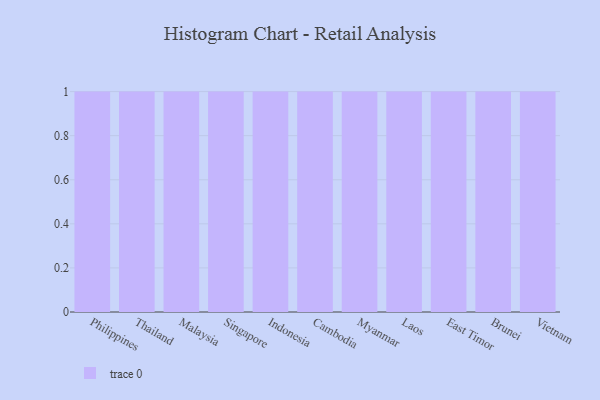
{"axis": {"x": "Country", "y": "LTV (USD)"}, "legend": [""], "data": [{"x": "Philippines", "y": 16, "type": ""}, {"x": "Thailand", "y": 44, "type": ""}, {"x": "Malaysia", "y": 31, "type": ""}, {"x": "Singapore", "y": 31, "type": ""}, {"x": "Indonesia", "y": 57, "type": ""}, {"x": "Cambodia", "y": 100, "type": ""}, {"x": "Myanmar", "y": 64, "type": ""}, {"x": "Laos", "y": 94, "type": ""}, {"x": "East Timor", "y": 59, "type": ""}, {"x": "Brunei", "y": 28, "type": ""}, {"x": "Vietnam", "y": 95, "type": ""}]}